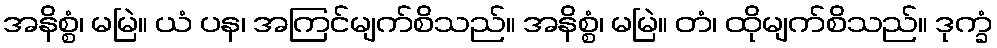
အနိစ္စံ၊ မမြဲ။ ယံ ပန၊ အကြင်မျက်စိသည်။ အနိစ္စံ၊ မမြဲ။ တံ၊ ထိုမျက်စိသည်။ ဒုက္ခံ